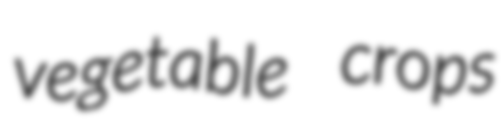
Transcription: vegetable crops